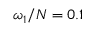
\omega _ { 1 } / N = 0 . 1